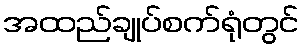
အထည်ချုပ်စက်ရုံတွင်